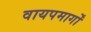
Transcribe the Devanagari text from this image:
वायपमार्गों